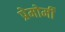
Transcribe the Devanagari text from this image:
प्रेमोर्मी